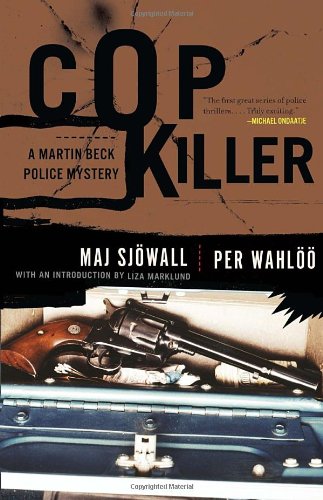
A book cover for Cop Killer: A Martin Beck Police Mystery (9) (Vintage Crime/Black Lizard); Maj SjÃ¶wall; Mystery, Thriller & Suspense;